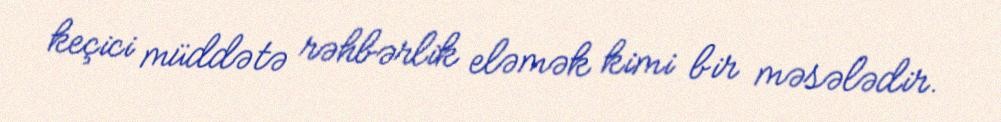
keçici müddətə rəhbərlik eləmək kimi bir məsələdir.